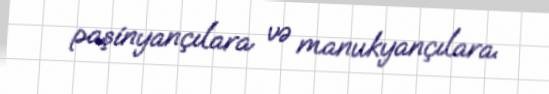
paşinyançılara və manukyançılara.